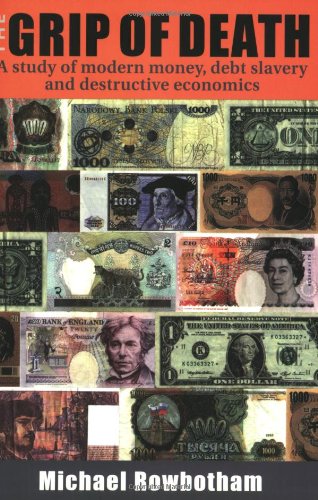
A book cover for The Grip of Death: A Study of Modern Money, Debt Slavery, and Destructive Economics; Michael Rowbotham; Business & Money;